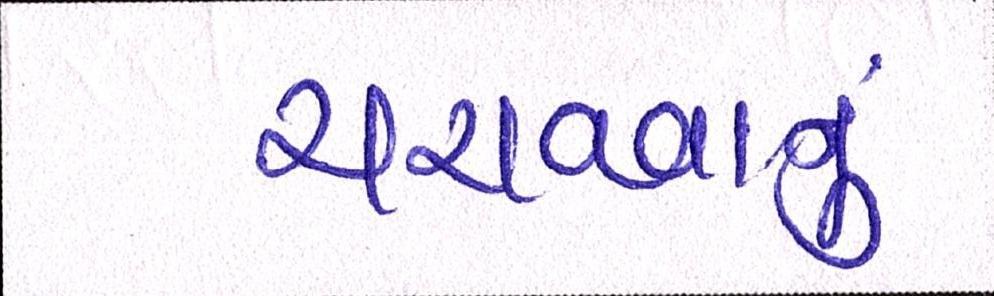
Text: ચરાવવાનુ